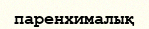
паренхималық